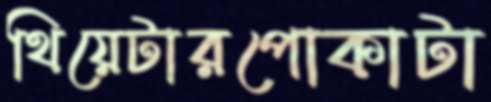
থিয়েটারপোকাটা